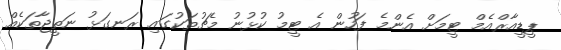
ޕީޑީއާރްއެމް ޓީމަށް އެންމެ ފަހުން އެ ޓީމު ކުޅުނު މެޗުތަކުގައި ރަނގަޅު ނަތީޖާތަކެއް